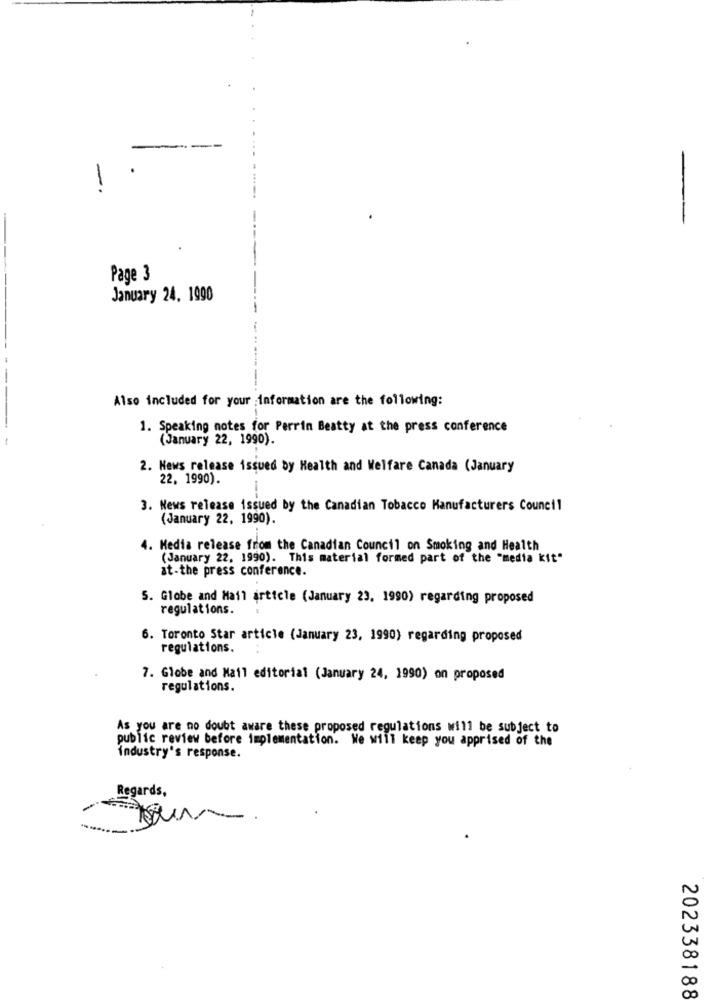
-
-
Page 3
January 24. 1990
--
Also included for your information are the following:
1. Speaking notes for Perrin Beatty at the press conference
-
(January 22, 1990).
2. News release issued by Health and Welfare Canada (January
22. 1990).
3. News release issued by the Canadian Tobacco Manufacturers Council
(January 22, 1990).
4. Media release from the Canadian Council on Smoking and Health
(January 22, 1990). This material formed part of the "media kit"
at-the press conference.
5. Globe and Mail article (January 23, 1990) regarding proposed
regulations.
6. Toronto Star article (January 23, 1990) regarding proposed
regulations.
7. Globe and Mail editorial (January 24, 1990) on proposed
regulations.
As you are no doubt aware these proposed regulations will be subject to
public review before implementation. We will keep you apprised of the
industry's response.
Regards,
202338188